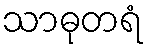
သာဓုတရံ